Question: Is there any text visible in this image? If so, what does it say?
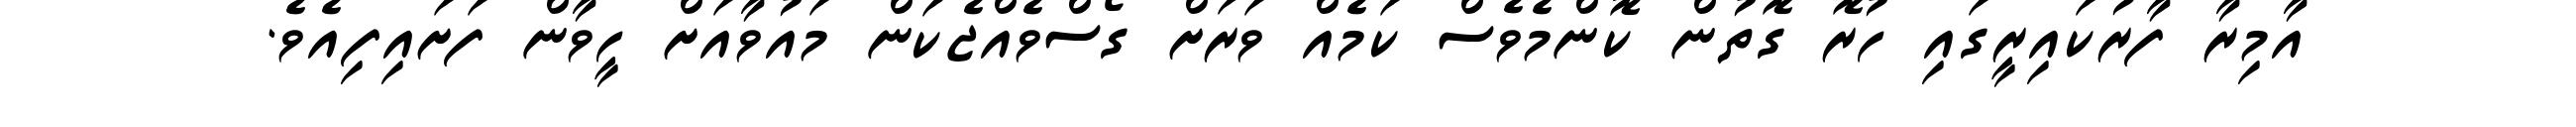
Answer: އާމިރާ ފާރުކައިރީގައި ހުރޮ ގޮތުން ކޮންމެވެސް ކަމެއް ވަރަށް ގޯސްވެއްޖެކަން މައުވާއަށް ހީވާން ފަށައިފިއެވެ.